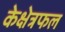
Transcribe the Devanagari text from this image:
केक्षेत्रफल